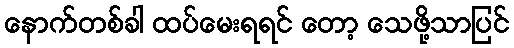
နောက်တစ်ခါ ထပ်မေးရရင် တော့ သေဖို့သာပြင်